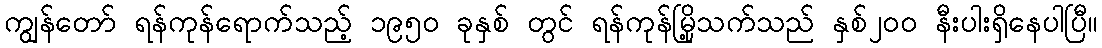
ကျွန်တော် ရန်ကုန်ရောက်သည့် ၁၉၅ဝ ခုနှစ် တွင် ရန်ကုန်မြို့သက်သည် နှစ်၂ဝဝ နီးပါးရှိနေပါပြီ။